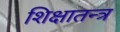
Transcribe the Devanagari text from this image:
शिक्षातन्त्र